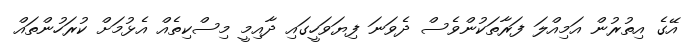
އޭގެ އިތުރުން އަމިއްލަ ފަރާތަކުންވެސް ދެވަނަ ފިޔަވަހީގައި ދާއިމީ މިސްކިތެއް އެޅުމަށް ކުރަހުންތައް